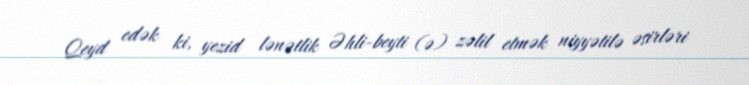
Qeyd edək ki, yezid lənətlik Əhli-beyti (ə) zəlil etmək niyyətilə əsirləri